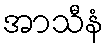
အာသီနံ